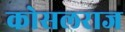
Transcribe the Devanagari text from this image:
कोसलराज